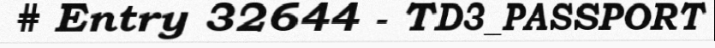
# Entry 32644 - TD3_PASSPORT